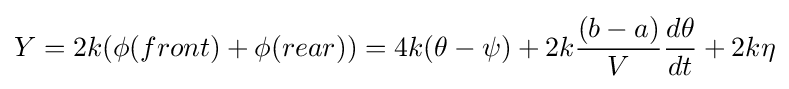
Y=2k(\phi (front)+\phi (rear))=4k(\theta -\psi )+2k{\frac {(b-a)}{V}}{\frac {d\theta }{dt}}+2k\eta